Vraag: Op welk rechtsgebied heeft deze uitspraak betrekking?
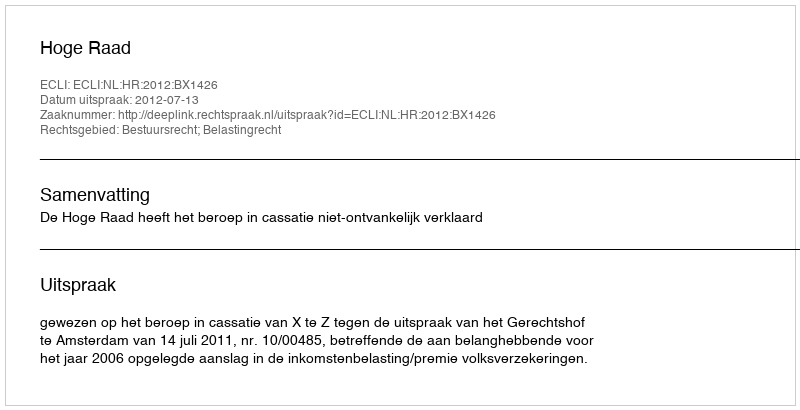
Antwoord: Bestuursrecht; Belastingrecht